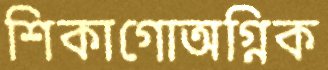
শিকাগোঅগ্নিক